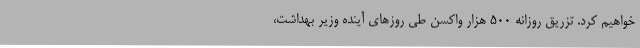
خواهیم کرد. تزریق روزانه ۵۰۰ هزار واکسن طی روزهای آینده وزیر بهداشت،